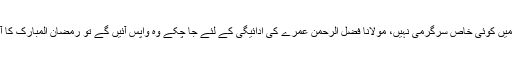
اس وقت سیاست میں کوئی خاص سرگرمی نہیں، مولانا فضل الرحمن عمرے کی ادائیگی کے لئے جا چکے وہ واپس آئیں گے تو رمضان المبارک کا آغاز ہو چکا ہوگا۔